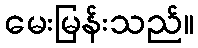
မေးမြန်းသည်။